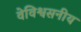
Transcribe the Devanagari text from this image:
वेविश्वसनीय